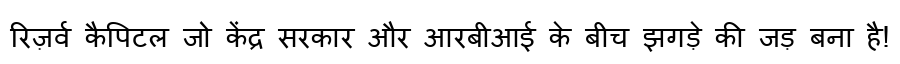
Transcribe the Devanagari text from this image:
रिज़र्व कैपिटल जो केंद्र सरकार और आरबीआई के बीच झगड़े की जड़ बना है!